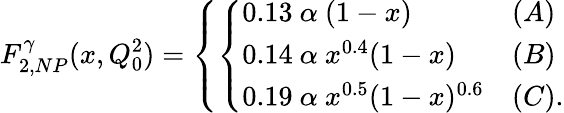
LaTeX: F_{2,NP}^{\gamma}(x,Q_{0}^{2})=\left\{ \left\{ \begin{array}{ll}{{0.13~\alpha~(1-x)}}&{{(A)}}\\ {{0.14~\alpha~x^{0.4}(1-x)}}&{{(B)}}\\ {{0.19~\alpha~x^{0.5}(1-x)^{0.6}}}&{{(C).}}\end{array}\right.\right.